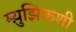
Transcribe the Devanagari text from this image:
म्य़ुझिकशी